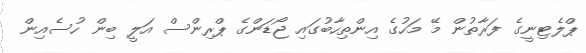
ޕްލެޓިނީގެ ފަރާތުން މޭ މަހުގެ އިންތިހާބުގައި ޖޯޑަންގެ ޕްރިންސް އަލީ ބިން ހުސެއިން